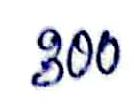
300